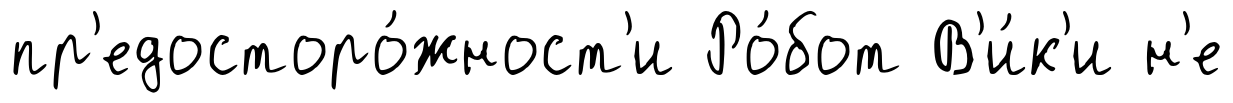
пр'едосторо́жност'и Ро́бот В'и́к'и н'е